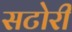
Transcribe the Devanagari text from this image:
सटोरी